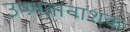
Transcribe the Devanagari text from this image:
उष्णतानाशक